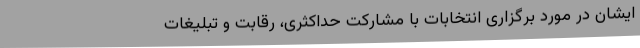
ایشان در مورد برگزاری انتخابات با مشارکت حداکثری، رقابت و تبلیغات